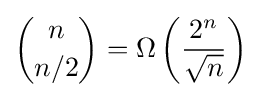
{\binom {n}{n/2}}=\Omega \left({\frac {2^{n}}{\sqrt {n}}}\right)